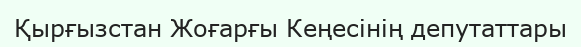
Қырғызстан Жоғарғы Кеңесінің депутаттары